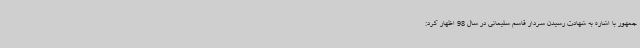
جمهور با اشاره به شهادت رسیدن سردار قاسم سلیمانی در سال 98 اظهار کرد: